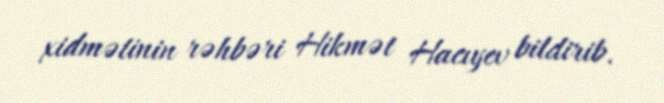
xidmətinin rəhbəri Hikmət Hacıyev bildirib.